Rangoon Lunatic Asylum 1898-1906 - 1898-1906
Year: 1898
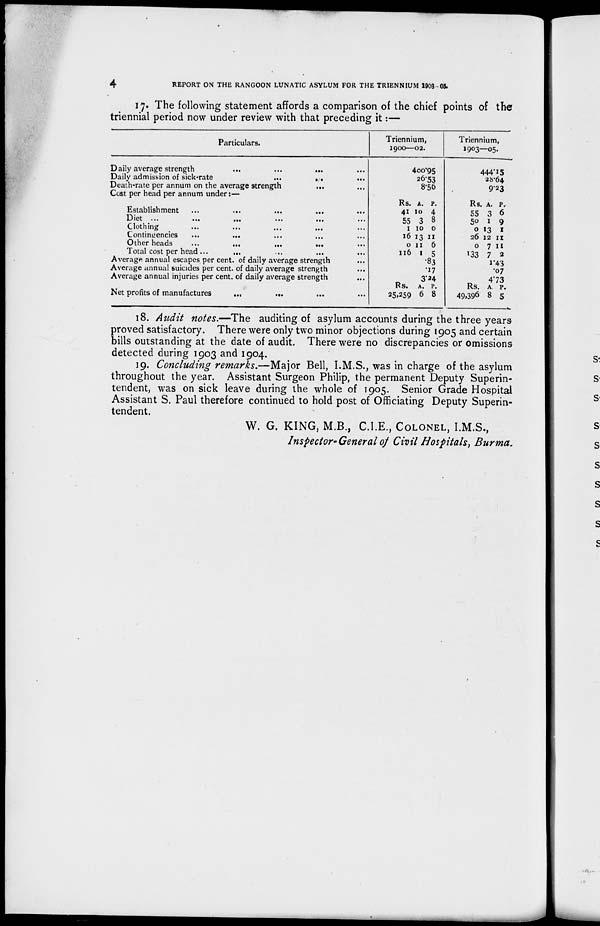
4
REPORT ON THE RANGOON LUNATIC ASYLUM FOR THE TRIENNIUM 1908 05.
17. The following statement affords a comparison of the chief points of the
triennial period now under review with that preceding it:—
Particulars.
Daily average strength
...
...
...
Daily admission of sick-rate
...
...
...
Death-rate per annum on the average strength
... ...
Cost per head per annum under :—
Establishment ... ... ... ... ...
Diet
...
...
...
...
...
...
Clothing ... ... ... ... ... ...
Contingencies
...
... ... ... ... ...
Other heads ... ...
...
...
...
Total cost per head ...
... ... ... ...
Average annual escapes per cent. of daily average strength
Average annual suicides per cent. of daily average strength
Average annual injuries per cent.of daily average strength
Net profits of manufactures
...
... ... ...
Triennium,
1900—02.
400.95
26.53
8.56
Rs.
41
55
1
16
0
116
Rs.
25,259
A.
10
3
10
13
11
1
A.
6
P.
4
8
0
11
6
5
.83
.17
3.24
P.
8
Triennium,
1903—05.
444.15
28.64
9.23
Rs.
55
50
0
26
0
133
Rs.
49,396
A.
3
1
13
12
7
7
A
8
P.
6
9
1
11
11
2
1.43
.07
4.73
P.
5
18. Audit notes.—The auditing of asylum accounts during the three years
proved satisfactory. There were only two minor objections during 1905 and certain
bills outstanding at the date of audit. There were no discrepancies or omissions
detected during 1903 and 1904.
19. Concluding remarks.—Major Bell, I.M.S., was in charge of the asylum
throughout the year. Assistant Surgeon Philip, the permanent Deputy Superin-
tendent, was on sick leave during the whole of 1905. Senior Grade Hospital
Assistant S. Paul therefore continued to hold post of Officiating Deputy Superin-
tendent.
W. G. KING, M.B., C.I.E., COLONEL, I.M.S.,
Inspector-General of Civil Hospitals, Burma.